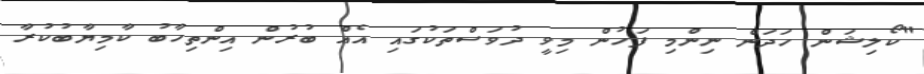
"ކޯލިޝަން ހަދަން ނިންމި ފަހުން މިވީ ދުވަސްތަކުގައި އެއް ބުރުން އިންތިހާބު ކާމިޔާބުކުރާ